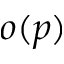
o ( p )